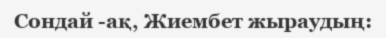
Сондай -ақ, Жиембет жыраудың: